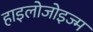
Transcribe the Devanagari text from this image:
हाइलोजोइज्म